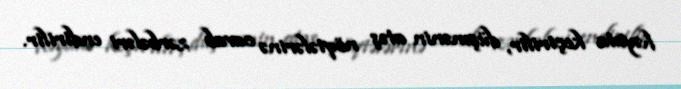
həyata keçirilir, düşmənin atəş nöqtələrinə cavab zərbələri endirilir.